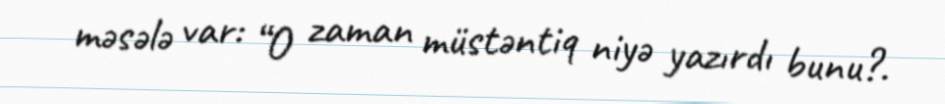
məsələ var: “O zaman müstəntiq niyə yazırdı bunu?.